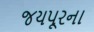
જયપૂરના